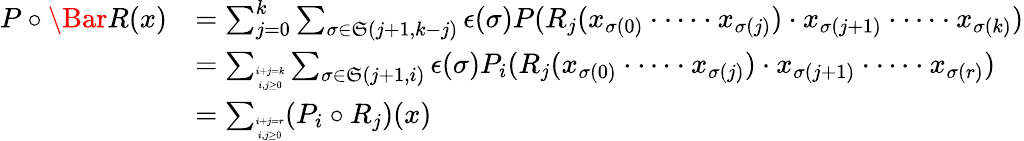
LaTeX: \begin{array}{rl}{P\circ\Bar{R}(x)}&{=\sum_{j=0}^{k}\sum_{\sigma\in\mathfrak{S}(j+1,k-j)}\epsilon(\sigma)P(R_{j}(x_{\sigma(0)}\cdot\cdots\cdot x_{\sigma(j)})\cdot x_{\sigma(j+1)}\cdot\cdots\cdot x_{\sigma(k)})}\\ &{=\sum_{\tiny{\begin{array}{c}{i+j=k}\\ {i,j\geq 0}\end{array}}}\sum_{\sigma\in\mathfrak{S}(j+1,i)}\epsilon(\sigma)P_{i}(R_{j}(x_{\sigma(0)}\cdot\cdots\cdot x_{\sigma(j)})\cdot x_{\sigma(j+1)}\cdot\cdots\cdot x_{\sigma(r)})}\\ &{=\sum_{\tiny{\begin{array}{c}{i+j=r}\\ {i,j\geq 0}\end{array}}}(P_{i}\circ R_{j})(x)}\end{array}